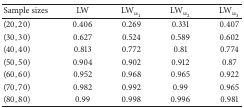
| Sample sizes | LW | LWw1 | LWw2 | LWw3 |
 | --- | --- | --- | --- | --- |
 | (20,20) | 0.406 | 0.269 | 0.331 | 0.407 |
 | (30,30) | 0.627 | 0.524 | 0.589 | 0.602 |
 | (40,40) | 0.813 | 0.772 | 0.81 | 0.774 |
 | (50,50) | 0.904 | 0.902 | 0.912 | 0.87 |
 | (60,60) | 0.952 | 0.968 | 0.965 | 0.922 |
 | (70,70) | 0.982 | 0.992 | 0.99 | 0.965 |
 | (80,80) | 0.99 | 0.998 | 0.996 | 0.981 |